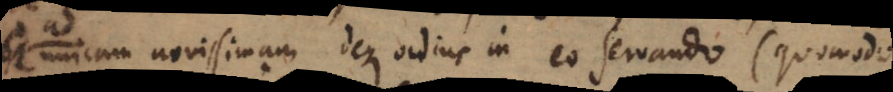
ad unicam novissimam deque ordine in eo servando (quomodo